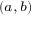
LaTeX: \scriptstyle ( a , \, b )